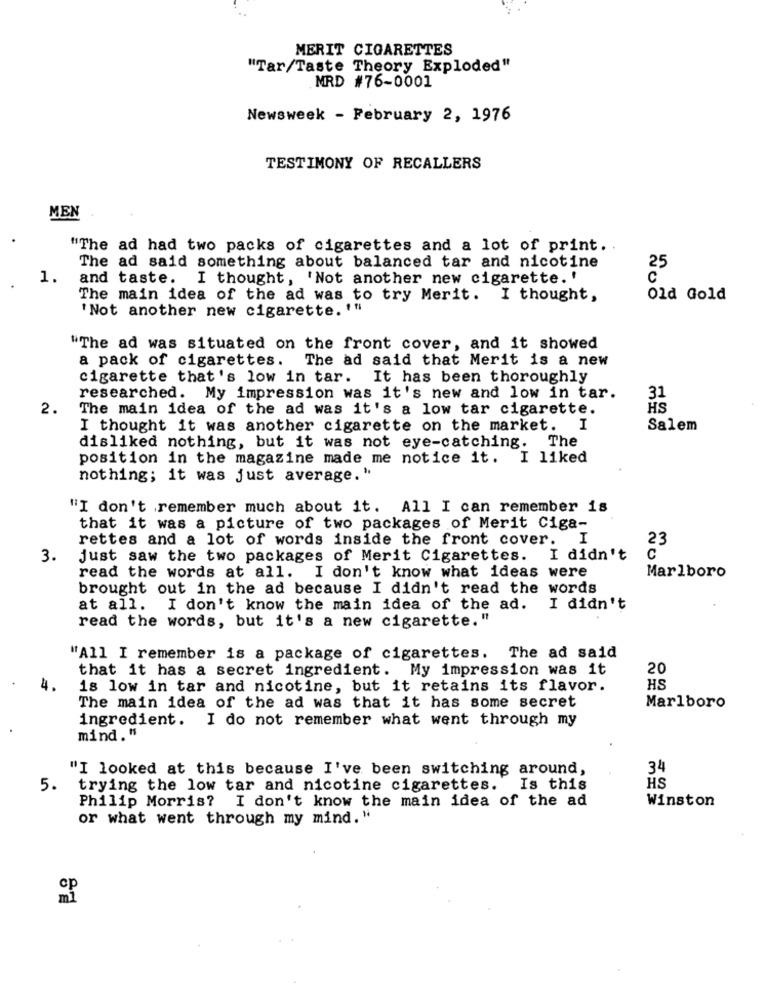
MERIT CIGARETTES
"Tar/Taste Theory Exploded"
MRD #76-0001
Newsweek - February 2, 1976
TESTIMONY OF RECALLERS
MEN
"The ad had two packs of cigarettes and a lot of print ..
The ad said something about balanced tar and nicotine
25
1.
and taste. I thought, 'Not another new cigarette. '
The main idea of the ad was to try Merit. I thought,
Old Gold
' Not another new cigarette. ""
"The ad was situated on the front cover, and it showed
a pack of cigarettes. The ad said that Merit is a new
cigarette that's low in tar. It has been thoroughly
31
researched. My impression was it's new and low in tar.
2.
The main idea of the ad was it's a low tar cigarette.
HS
I thought it was another cigarette on the market. I
Salem
disliked nothing, but it was not eye-catching. The
position in the magazine made me notice it. I liked
nothing; it was just average."
"I don't remember much about it. All I can remember is
that it was a picture of two packages of Merit Ciga-
rettes and a lot of words inside the front cover. I
23
C
3.
just saw the two packages of Merit Cigarettes. I didn't
read the words at all. I don't know what ideas were
Marlboro
brought out in the ad because I didn't read the words
at all. I don't know the main idea of the ad. I didn't
read the words, but it's a new cigarette."
"All I remember is a package of cigarettes. The ad said
that it has a secret ingredient. My impression was it
20
is low in tar and nicotine, but it retains its flavor.
HS
Marlboro
The main idea of the ad was that it has some secret
ingredient. I do not remember what went through my
mind."
"I looked at this because I've been switching around,
34
5.
trying the low tar and nicotine cigarettes. Is this
HS
Philip Morris? I don't know the main idea of the ad
Winston
or what went through my mind."